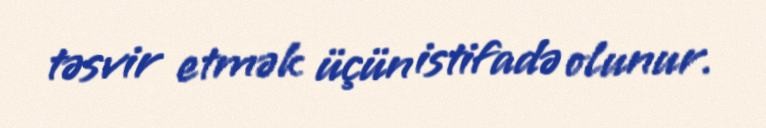
təsvir etmək üçün istifadə olunur.